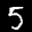
Label: 5